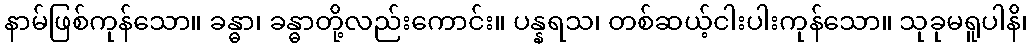
နာမ်ဖြစ်ကုန်သော။ ခန္ဓာ၊ ခန္ဓာတို့လည်းကောင်း။ ပန္နရသ၊ တစ်ဆယ့်ငါးပါးကုန်သော။ သုခုမရူပါနိ၊